Vital statistics of India. Vol. IV, Annual returns from 1871 to 1876. British Army of India, Native Army and jails of Bengal
Year: 1871
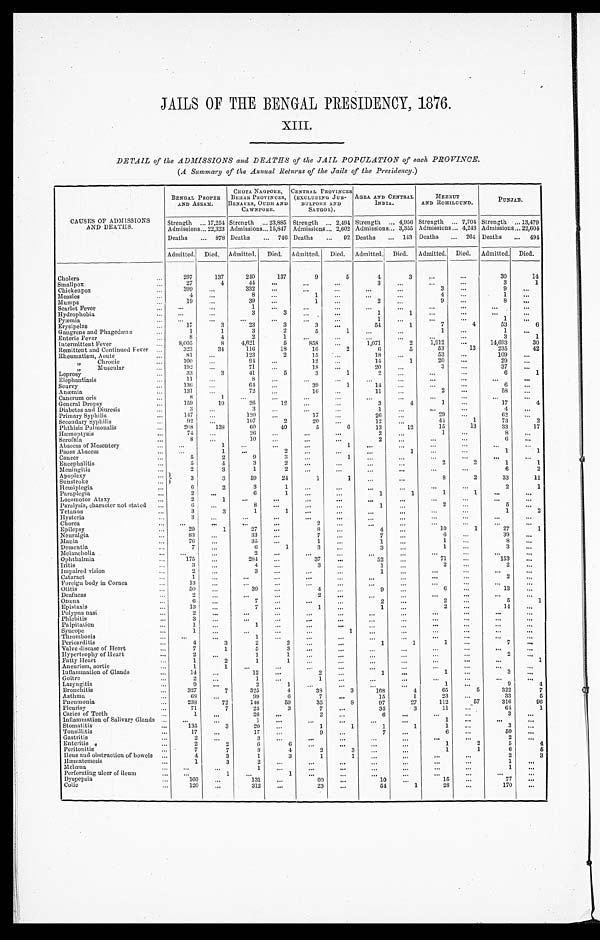
JAILS OF THE BENGAL PRESIDENCY, 1876.
XIII.
DETAIL of the ADMISSIONS and DEATHS of the JAIL POPULATION of each PROVINCE.
(A Summary of the Annual Returns of the Jails of the Presidency.)
CAUSES OF ADMISSIONS
AND DEATHS.
BENGAL PROPER
AND ASSAM.
CHOTA NAGPORE,
BEHAR PROVINCES, BENARES, OUDH AND CAWNPORE.
CENTRAL PROVINCES
(EXCLUDING JUB-
BULPORE AND SAUGOR).
AGRA AND CENTRAL
INDIA.
MEERUT
AND ROHILOUND.
PUNJAB.
Strength
17,254 Strength
23,885 Strength
2,494 Strength
4,956 Strength
7,704 Strength
13,479
Admissions 22,323 Admissions 15,847 Admissions 2,602 Admissions 3,355 Admissions 4,243 Admissions 22,604
Deaths
878 Deaths
746 Deaths
92 Deaths
143 Deaths
264 Deaths
494
Admitted. Died. Admitted. Died.
Admitted.
Died. Admitted. Died. Admitted. Died. Admitted. Died.
Cholera
297
137
240
137
9
5
4
3
...
...
30
14
Smallpox
27
4
44
...
...
...
3
...
...
...
3
1
Chickenpox
399
...
332
...
...
...
...
...
3
...
9
...
Measles
4
...
8 ...
1 ...
...
...
4
...
1
...
Mumps
19
...
39
...
1
...
2
...
9
...
8
...
Scarlet Fever
...
...
1
...
...
...
...
...
...
...
...
...
Hydrophobia
...
...
3
3 ...
...
1
1
...
...
...
...
Pyæmia
...
...
...
...
...
...
1
...
...
...
1
. . .
Erysipelas
17
3
23
3
3
...
54
1
7
4
53
6
Gangrene and Phagedæna
1
1
3
2
5
1
...
...
1
...
1
...
Enteric Fever
8
4
2
1
...
... ...
...
...
...
3
1
Intermittent Fever
8,005
8
4,621
5
858
...
1,071
2
1,912
...
14,693
30
Remittent and Continued Fever
323
34
116
18
16
2
6
5
53
13
235
42
Rheumatism, Acute
81
...
123
2
15 ...
18
...
53
...
109 ...
" Chronic
100 ...
94
...
12
...
14
1
20
...
29
...
" Muscular
192
...
71
...
18
...
20
...
3 ...
37
...
Leprosy
33
3
41
5
3
1
2
...
...
...
6 1
Elephantiasis
11
...
8
...
...
...
...
... ...
...
...
...
Scurvy
136
...
64 ...
39
1
14
...
...
...
6 ...
Anæmia
131
...
72
...
16
...
11
...
2
...
58
...
Canerum oris
8
1
...
...
...
...
...
...
...
...
...
...
General Dropsy
159
19
26
12
...
...
3
4
1
...
17 4
Diabetes and Diuresis
3
...
3
...
...
...
1
...
...
...
4
...
Primary Syphilis
147
...
120
...
17 ...
26
...
29
...
62 ...
Secondary Syphilis
92
...
107
2
20
...
12
...
44
1
73
2
Phthisis Pulmonalis
208
138
60
40
5
6
13
12
15
13
33
17
Hæmoptysis
74
...
26
...
...
...
2
...
1
...
8 ...
Scrofula
8
...
10
...
... ...
2 ...
...
...
6
...
Abscess of Mesentery
...
1
...
...
...
1
...
...
...
...
...
...
Psoas Abscess
...
1
...
2
...
...
...
1
...
...
1 1
Cancer
5
2
9
3 ...
1 ...
...
...
...
...
...
Encephalitis
5
4
3
2
... ... ...
...
2
2
1
1
Meningitis
2
3
1
2 ...
...
...
...
...
...
6
2
Apoplexy
3
3
59
24
1
1 ...
...
8
2
33
11
Sunstroke
Hemiplegia
6
2
3
1
... ...
...
...
...
...
2
1
Paraplegia
2
...
6
1
... ...
1
1
1
1
...
...
Locomotor Ataxy
2
1
...
...
...
...
...
...
...
... ...
...
Paralysis, character not stated
6 ...
8
...
... ...
1 ...
2
...
5
...
Tetanus
3
3
1
1
... ...
...
...
...
...
1
2
Hysteria
3
...
...
...
...
...
...
...
...
...
...
...
Chorea
...
...
...
...
2 ...
...
...
...
... ...
...
Epilepsy
29
1
27
...
8 ...
4
...
10 1
27
1
Neuralgia
83 ...
33
...
7 ...
7
...
6
...
39
...
Mania
76 ...
35 ...
1
...
1
...
1
...
8
...
Dementia
7
...
6
1
3 ...
3 ...
1
...
3
...
Melancholia
... ...
2
...
...
...
...
...
...
...
...
...
Ophthalmia
175
...
281
...
37
...
52
...
71
...
153
...
Iritis
3
...
4
...
3 ...
1 ...
2
...
2
...
Impaired vision
2
...
3
...
... ...
1
...
...
...
...
...
Cataract
1
... ... ...
...
...
...
...
...
...
2
...
Foreign body in Cornea
13
...
...
... ...
...
...
... ...
...
...
...
Otitis
50
...
39
...
4
...
9
...
6 ...
13
...
Deafness
2 ..
...
...
2
...
...
...
...
...
...
...
Ozœna
6
...
7 ...
... ...
2
...
2 ...
5 1
Epistaxis
13
...
7
...
1
...
1
...
2
...
14
...
Polypus nasi
2
...
...
...
... ...
...
...
...
...
...
...
Phlebitis
3
...
...
...
...
...
...
...
...
... ...
...
Palpitation
1
...
1
... ...
....
...
...
... ...
...
...
Syncope
1
...
...
...
... 1
... ... ...
...
...
...
Thrombosis
...
... 1
...
...
...
... ...
...
...
...
...
Pericarditis
4
3
2
2
...
...
1
1
1
...
7
...
Valve disease of Heart
7
1
5
3
... ... ...
...
...
...
...
...
Hypertrophy of Heart
2
...
1
1
...
...
...
...
...
...
2
...
Fatty Heart
1
2
1
1
... ...
...
...
...
...
...
1
Aneurism, aortic
1
1
...
...
...
...
...
...
...
...
...
...
Inflammation of Glands
14 ...
12
...
2
...
1
...
1
...
3
...
Goitre
2
...
1 ...
1 ...
... ...
...
...
...
...
Laryngitis
9
...
2
1
...
...
...
...
1
...
9
4
Bronchitis
327
7
325
4
38
3
168
4
65
5
322
7
Asthma
68 ...
99
6
7
...
15
1
23
...
33
5
Pneumonia
238
72
146
59
35
8
97
27
112
57
316
96
Pleurisy
71
7
25
3
7
...
35
3
11
...
61
1
Caries of Teeth
1
...
26
...
2 ...
6
...
...
...
3
...
Inflammation of Salivary Glands ... ...
1 ...
...
...
...
...
1
...
... ...
Stomatitis
135
3
20
...
1
1
1
1
1 ...
3
...
Tonsillitis
17
...
17
...
9
...
7
...
6
...
50
...
Gastritis
2
...
3
...
...
...
...
...
...
...
2 ...
Enteritis
2
2
6
6
...
...
...
...
1
2
5
4
Peritonitis
7
7
8
4
2
3
...
...
1
1
6
5
Ileus and obstruction of bowels
4
3
1
3
1
1
... ...
...
...
2
3
Hæmatemesis
1
3
2
...
...
...
...
... ...
...
1
...
Melœna
... ...
1 ... ...
... ... ...
...
...
1 ...
Perforating ulcer of ileum
...
1 ...
1
... ...
...
...
...
...
...
...
Dyspepsia
160
...
131
...
60
...
10
...
15
...
77
...
Colic
120
...
312
...
23
...
54
1
28
...
170
...